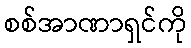
စစ်အာဏာရှင်ကို